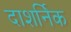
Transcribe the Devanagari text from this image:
दाशर्निक